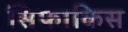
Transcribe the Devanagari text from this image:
सिफाकिस